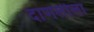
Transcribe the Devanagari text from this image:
दाणलीला